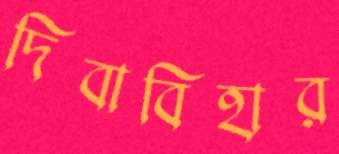
দিবাবিহার